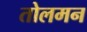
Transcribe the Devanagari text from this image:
तोलमन